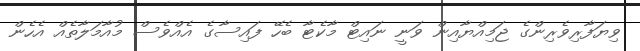
ވިޔަފާރިވެރިންގެ ޖަމިއްޔާއިން ވަނީ ނައިޓް މާކެޓާ ބެހޭ ފައިސާގެ އެއްވެސް މުއާމަލާތެއް އެހެން